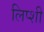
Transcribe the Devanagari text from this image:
लिप्शी